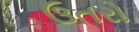
ઉતરો